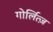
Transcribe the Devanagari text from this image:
गोर्लित्ज़